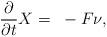
LaTeX: \begin{align*} \frac{\partial}{\partial t}X=~-F\nu, \end{align*}